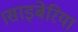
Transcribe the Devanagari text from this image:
।साइबेरिया